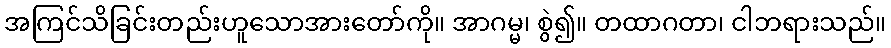
အကြင်သိခြင်းတည်းဟူသောအားတော်ကို။ အာဂမ္မ၊ စွဲ၍။ တထာဂတာ၊ ငါဘရားသည်။